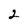
Character: 2